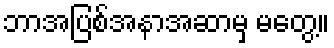
ဘာအပြစ်အနာအဆာမှ မတွေ့။